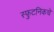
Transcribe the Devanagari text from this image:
स्फुटनिकचे